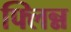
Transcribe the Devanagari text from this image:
फ्लिन्न